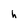
Character: h